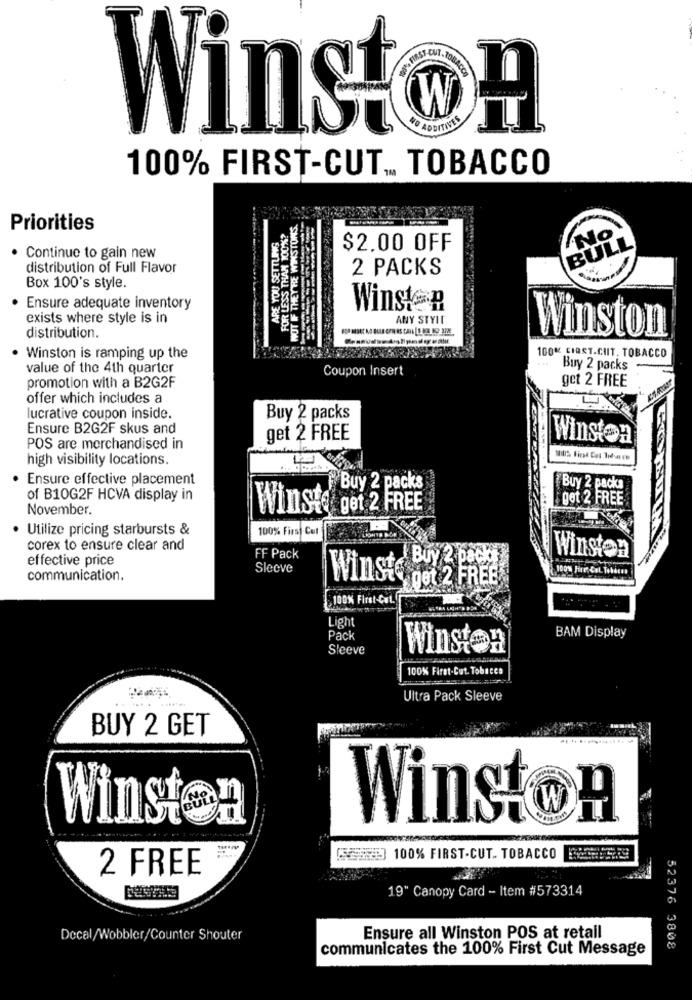
TOBACO
Winston
100% FIRST-CUT .. TOBACCO
WOT IF THEYTE WINSTONS.
Priorities
ARE YOU SETTLING
FOR LESS THAN 100%?
$2.00 OFF
. Continue to gain new
distribution of Full Flavor
2 PACKS
Box 100's style.
Ensure adequate inventory
Winston
exists where style is in
ANY STYLE
Winston
distribution.
--------
100% CIAST.CIT. TOBACCO
. Winston is ramping up the
value of the 4th quarter
Coupon Insert
Buy 2 packs
get 2 FREE
promotion with a B2G2F
offer which includes a
lucrative coupon inside.
Buy 2 packs
Ensure B2G2F skus and
get 2 FREE
Winston
POS are merchandised in
high visibility locations.
· Ensure effective placement
Buy 2 packs
Buy 2 packs
of B10G2F HCVA display in
get 2 FREE
November.
Winst
get 2 FREE
· Utilize pricing starbursts &
100% First Cut
corex to ensure clear and
effective price
FF Pack
Winston
Sleeve
Buy 2 pacht
communication.
Winsto
get 2 FREE
100% First-Cut.
Light
Pack
BAM Display
Sleeve
Winsten
100% First-Cut. Tobacco
Ultra Pack Sleeve
BUY 2 GET
Winston
Winston
(SSE] 100% FIRST-CUT. TOBACCO
2 FREE
19" Canopy Card - Item #573314
Decal/Wobbler/Counter Shouter
Ensure all Winston POS at retail
communicates the 100% First Cut Message
52376 3808